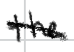
Text: the
Cross-out: diagonal
Writing tool: digital_black